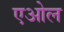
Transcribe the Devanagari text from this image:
एओल